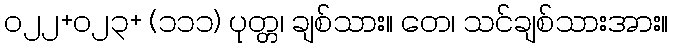
၀၂၂+၀၂၃+ (၁၁၁) ပုတ္တ၊ ချစ်သား။ တေ၊ သင်ချစ်သားအား။